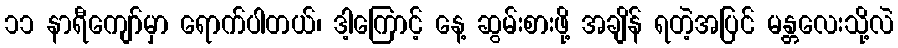
၁၁ နာရီကျော်မှာ ရောက်ပါတယ်၊ ဒါ့ကြောင့် နေ့ ဆွမ်းစားဖို့ အချိန် ရတဲ့အပြင် မန္တလေးသို့လဲ